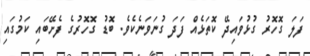
ފަލަ ގޮހޮރު ގުޅުވައިދޭ ކޮތަޅެއް ފަދަ ގުނަވަނެކެވެ. ބޮޑު ގޮހޮރުގެ ފެށޭބައި ކަމުގައި